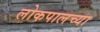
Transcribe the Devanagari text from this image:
लोकपालच्या